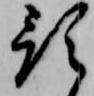
預